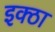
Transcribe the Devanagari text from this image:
इक्ठा